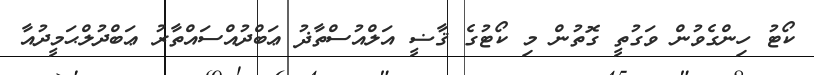
ކޯޓު ހިންގެވުން ވަގުތީ ގޮތުން މި ކޯޓުގެ ޤާޟީ އަލްއުސްތާޛު ޢަބްދުއްސައްތާރު ޢަބްދުލްޙަމީދުއާ